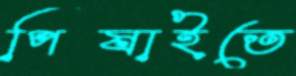
পিষাইতে